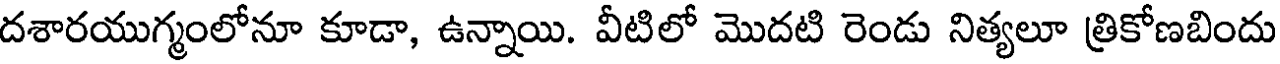
దశారయుగ్మంలోనూ కూడా, ఉన్నాయి. వీటిలో మొదటి రెండు నిత్యలూ త్రికోణబిందు